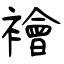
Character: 襘